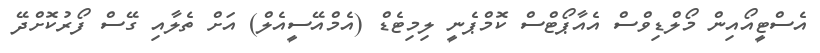
އެސްޓީއޯއިން މޯލްޑިވްސް އެއާޕޯޓްސް ކޮމްޕެނީ ލިމިޓެޑް (އެމްއޭސީއެލް) އަށް ތެލާއި ގޭސް ފޯރުކޮށްދޭ